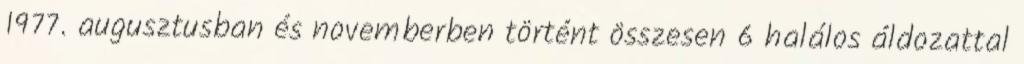
1977. augusztusban és novemberben történt összesen 6 halálos áldozattal